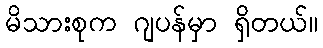
မိသားစုက ဂျပန်မှာ ရှိတယ်။